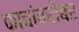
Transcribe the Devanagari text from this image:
काचांबरोबर